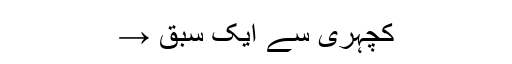
کچہری سے ایک سبق →